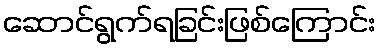
ဆောင်ရွက်ရခြင်းဖြစ်ကြောင်း